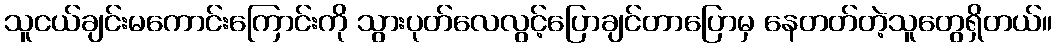
သူငယ်ချင်းမကောင်းကြောင်းကို သွားပုတ်လေလွင့်ပြောချင်တာပြောမှ နေတတ်တဲ့သူတွေရှိတယ်။